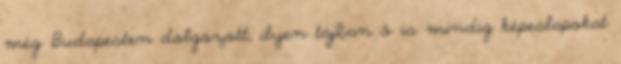
még Budapesten dolgozott, ilyen tájban ő is mindig képeslapokat